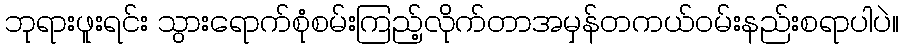
ဘုရားဖူးရင်း သွားရောက်စုံစမ်းကြည့်လိုက်တာအမှန်တကယ်ဝမ်းနည်းစရာပါပဲ။